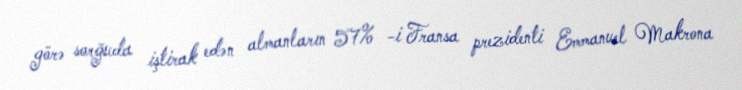
görə sorğuda iştirak edən almanların 57% -i Fransa prezidenti Emmanuel Makrona